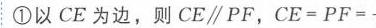
\textcircled{1}以\(CE\)为边，则\(CE\parallel PF\)，\(CE = PF =\)